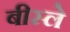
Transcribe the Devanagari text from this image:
बीस्ले